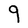
Character: g